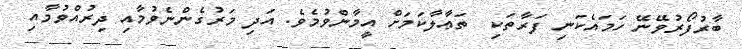
ބާރުފޯރުވޭނޭ ހަމައެކަނި ފަރާތަކި  ތަޢާލާކަމަށް އީމާންވުމެވެ. އަދި މަރުގެންނެވުމާއި ދިރުއްވުމާއި